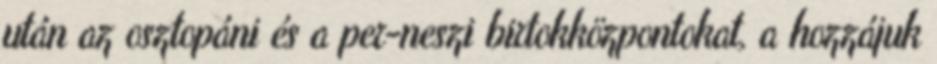
után az osztopáni és a per-neszi birtokközpontokat, a hozzájuk